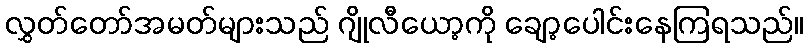
လွှတ်တော်အမတ်များသည် ဂျိုလီယော့ကို ချော့ပေါင်းနေကြရသည်။